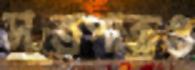
সূত্রপাতও